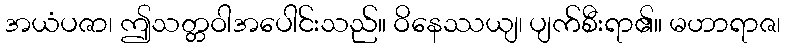
အယံပဇာ၊ ဤသတ္တဝါအပေါင်းသည်။ ဝိနေဿယျ၊ ပျက်စီးရာ၏။ မဟာရာဇ၊